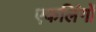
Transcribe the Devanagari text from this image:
एकलिंगों